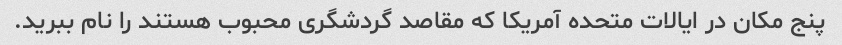
پنج مکان در ایالات متحده آمریکا که مقاصد گردشگری محبوب هستند را نام ببرید.